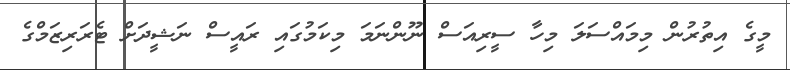
މީގެ އިތުރުން މިމައްސަލަ މިހާ ސީރިއަސް ނޫންނަމަ މިކަމުގައި ރައީސް ނަޝީދަށް ޓެރަރިޒަމްގެ